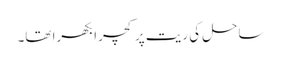
ساحل کی ریت پر کچرا بکھرا تھا۔